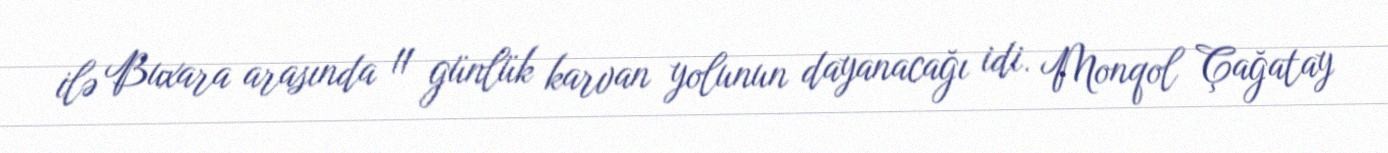
ilə Buxara arasında 11 günlük karvan yolunun dayanacağı idi. Monqol Çağatay